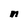
Character: n